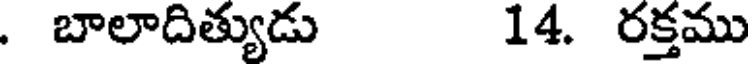
. బాలాదిత్యుడు 14. రక్తము